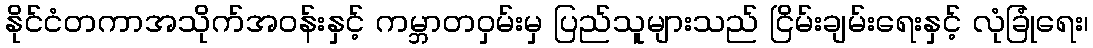
နိုင်ငံတကာအသိုက်အဝန်းနှင့် ကမ္ဘာတဝှမ်းမှ ပြည်သူများသည် ငြိမ်းချမ်းရေးနှင့် လုံခြုံရေး၊